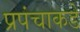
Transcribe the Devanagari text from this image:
प्रपंचाकडे